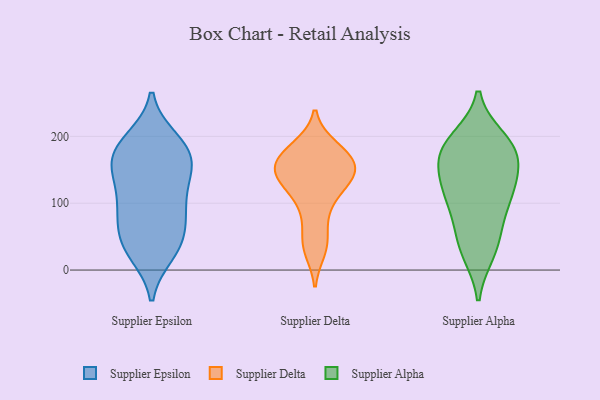
{"axis": {"x": "Humidity (%)", "y": "Value"}, "legend": ["Supplier Alpha", "Supplier Delta", "Supplier Epsilon"], "data": [{"x": "", "y": 192, "type": "Supplier Epsilon"}, {"x": "", "y": 88, "type": "Supplier Epsilon"}, {"x": "", "y": 134, "type": "Supplier Epsilon"}, {"x": "", "y": 90, "type": "Supplier Epsilon"}, {"x": "", "y": 195, "type": "Supplier Epsilon"}, {"x": "", "y": 156, "type": "Supplier Epsilon"}, {"x": "", "y": 52, "type": "Supplier Epsilon"}, {"x": "", "y": 34, "type": "Supplier Epsilon"}, {"x": "", "y": 53, "type": "Supplier Epsilon"}, {"x": "", "y": 29, "type": "Supplier Epsilon"}, {"x": "", "y": 87, "type": "Supplier Epsilon"}, {"x": "", "y": 148, "type": "Supplier Epsilon"}, {"x": "", "y": 25, "type": "Supplier Epsilon"}, {"x": "", "y": 105, "type": "Supplier Epsilon"}, {"x": "", "y": 145, "type": "Supplier Epsilon"}, {"x": "", "y": 177, "type": "Supplier Epsilon"}, {"x": "", "y": 171, "type": "Supplier Epsilon"}, {"x": "", "y": 180, "type": "Supplier Epsilon"}, {"x": "", "y": 160, "type": "Supplier Delta"}, {"x": "", "y": 161, "type": "Supplier Delta"}, {"x": "", "y": 140, "type": "Supplier Delta"}, {"x": "", "y": 131, "type": "Supplier Delta"}, {"x": "", "y": 184, "type": "Supplier Delta"}, {"x": "", "y": 153, "type": "Supplier Delta"}, {"x": "", "y": 85, "type": "Supplier Delta"}, {"x": "", "y": 50, "type": "Supplier Delta"}, {"x": "", "y": 141, "type": "Supplier Delta"}, {"x": "", "y": 175, "type": "Supplier Delta"}, {"x": "", "y": 118, "type": "Supplier Delta"}, {"x": "", "y": 172, "type": "Supplier Delta"}, {"x": "", "y": 144, "type": "Supplier Delta"}, {"x": "", "y": 181, "type": "Supplier Delta"}, {"x": "", "y": 35, "type": "Supplier Delta"}, {"x": "", "y": 30, "type": "Supplier Delta"}, {"x": "", "y": 99, "type": "Supplier Delta"}, {"x": "", "y": 140, "type": "Supplier Delta"}, {"x": "", "y": 183, "type": "Supplier Alpha"}, {"x": "", "y": 163, "type": "Supplier Alpha"}, {"x": "", "y": 55, "type": "Supplier Alpha"}, {"x": "", "y": 129, "type": "Supplier Alpha"}, {"x": "", "y": 111, "type": "Supplier Alpha"}, {"x": "", "y": 121, "type": "Supplier Alpha"}, {"x": "", "y": 167, "type": "Supplier Alpha"}, {"x": "", "y": 174, "type": "Supplier Alpha"}, {"x": "", "y": 27, "type": "Supplier Alpha"}, {"x": "", "y": 83, "type": "Supplier Alpha"}, {"x": "", "y": 32, "type": "Supplier Alpha"}, {"x": "", "y": 116, "type": "Supplier Alpha"}, {"x": "", "y": 189, "type": "Supplier Alpha"}, {"x": "", "y": 195, "type": "Supplier Alpha"}]}